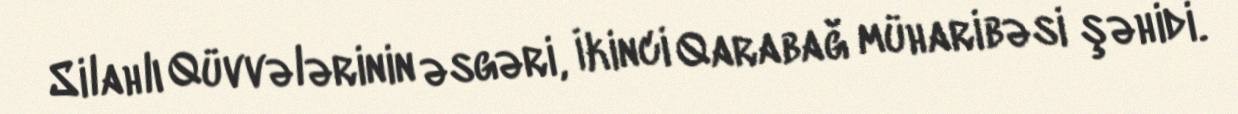
Silahlı Qüvvələrinin əsgəri, İkinci Qarabağ müharibəsi şəhidi.